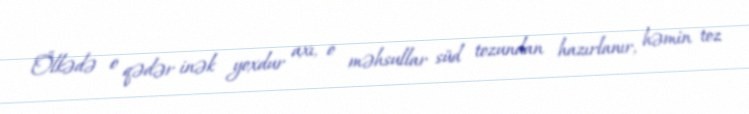
Ölkədə o qədər inək yoxdur axı, o məhsullar süd tozundan hazırlanır, həmin toz